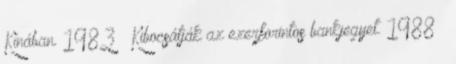
Kínában. 1983 – Kibocsátják az ezerforintos bankjegyet. 1988 –